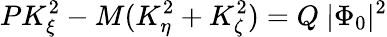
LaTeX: PK_{\xi}^{2}-M(K_{\eta}^{2}+K_{\zeta}^{2})=Q~|\Phi_{0}|^{2}